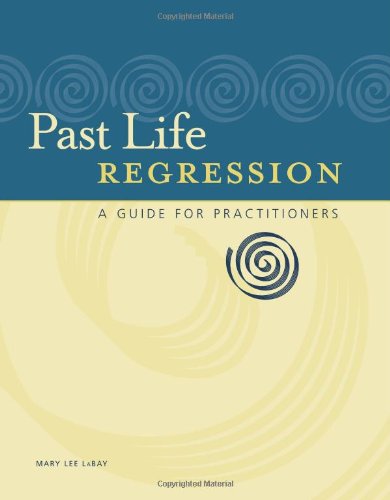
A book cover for Past Life Regression: A Guide for Practitioners; Mary Lee LaBay; Self-Help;